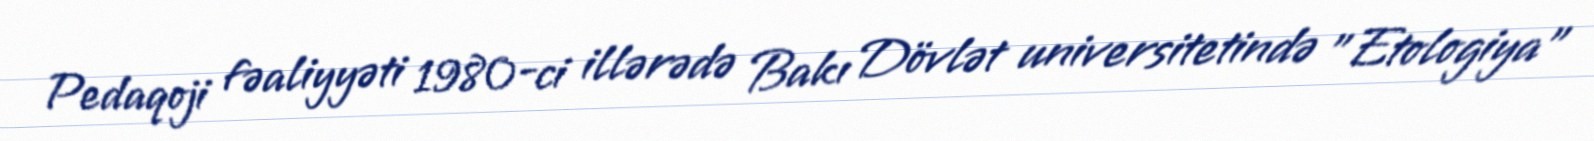
Pedaqoji fəaliyyəti 1980-ci illərədə Bakı Dövlət universitetində "Etologiya"